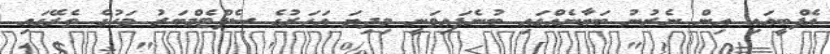
އެފްބީއައި އިން ނެރުނު ބަޔާނެއްގައި ބުނެފައިވަނީ މިދިޔަ އަހަރުގެ ސެޕްޓެމްބަރު މަހުގެ ތެރޭގައި